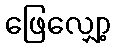
ဖြေလျှော့